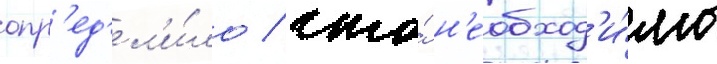
опр'ед'ел'и́ло / что́ н'еобход'и́мы